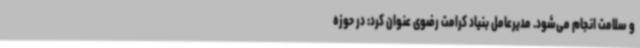
و سلامت انجام می‌شود. مدیرعامل بنیاد کرامت رضوی عنوان کرد: در حوزه